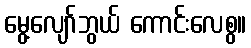
မွေ့လျော်ဘွယ် ကောင်းလေစွ။